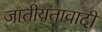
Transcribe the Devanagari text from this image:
जातीयतावादी